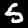
Label: 5